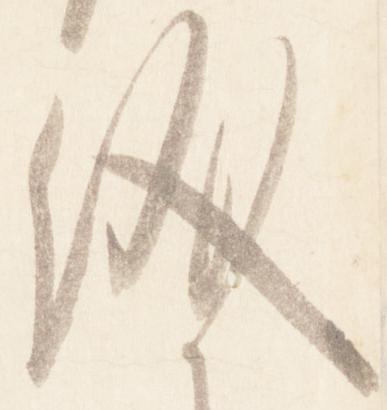
儀